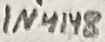
Text: 1N4148